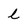
Character: l